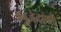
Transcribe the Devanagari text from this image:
मनुजेन्द्राणी।